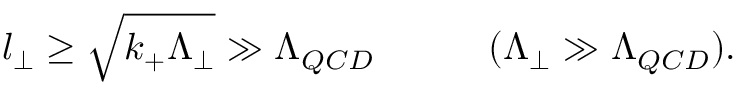
l _ { \perp } \geq \sqrt { k _ { + } \Lambda _ { \perp } } \gg \Lambda _ { Q C D } ~ ~ ~ ~ ~ ~ ~ ~ ~ ( \Lambda _ { \perp } \gg \Lambda _ { Q C D } ) .